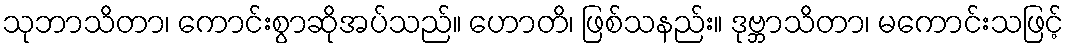
သုဘာသိတာ၊ ကောင်းစွာဆိုအပ်သည်။ ဟောတိ၊ ဖြစ်သနည်း။ ဒုဗ္ဘာသိတာ၊ မကောင်းသဖြင့်